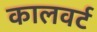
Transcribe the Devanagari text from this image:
कालवर्ट